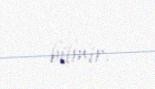
bilmir.